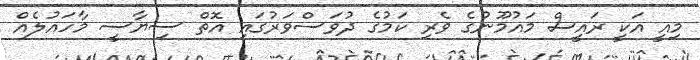
މިއީ އަކީ ރައީސް މައުމޫނުގެ ވެރި ކަމުގެ ދުވަސްވަރުގައި އޮތް ސިޔާސީ މާހައުލެއް